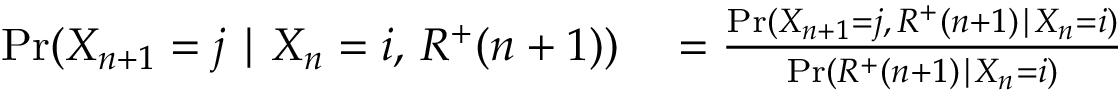
\begin{array} { r l } { \operatorname { \mathrm { P r } } ( X _ { n + 1 } = j \mid X _ { n } = i , \, R ^ { + } ( n + 1 ) ) } & { { } = \frac { \operatorname { \mathrm { P r } } ( X _ { n + 1 } = j , \, R ^ { + } ( n + 1 ) \mid X _ { n } = i ) } { \operatorname { \mathrm { P r } } ( R ^ { + } ( n + 1 ) \mid X _ { n } = i ) } } \end{array}